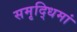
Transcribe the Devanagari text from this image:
समृद्धिमां